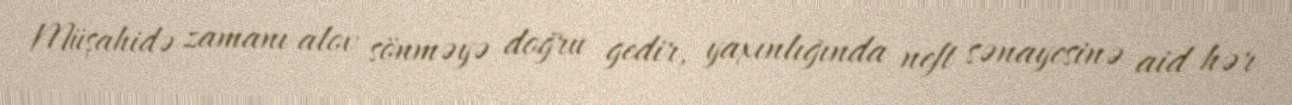
Müşahidə zamanı alov sönməyə doğru gedir, yaxınlığında neft sənayesinə aid hər